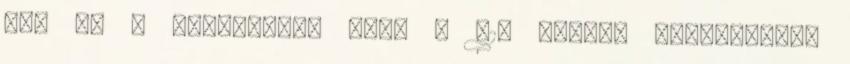
sül el a mutatvány, mert a 610 lóerős Lamborghini